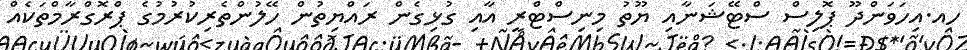
ހއ.އިހަވަންދޫ ޕޮލިސް ސްޓޭޝަނާއި ޔޫތު މިނިސްޓްރީ އާއި ގުޅިގެން ރައްޔިތުން ހޭލުންތެރިކުރުމުގެ ޕްރޮގްރާމްތަކެއް